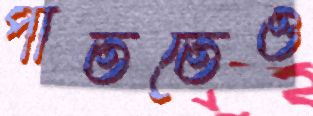
পাততেও